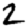
Digit: 2